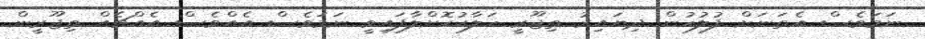
ނަމަވެސް އެތަނަށް ފުލުހުން ދިޔައިރު ތިޖޫރީ ހަލާކުކޮށްލާފައިވީ ނަމަވެސް އެއްވެސް އެއްޗެއް ތިޖޫރީން